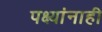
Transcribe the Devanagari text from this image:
पक्ष्यांनाही